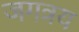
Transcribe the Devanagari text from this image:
जगत्रय